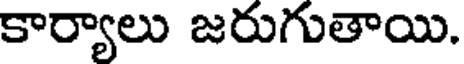
కార్యాలు జరుగుతాయి.